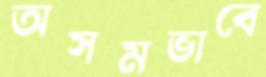
অসমভাবে